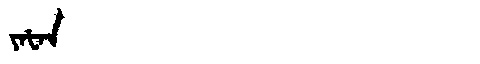
Manchu: ᠶᠠᡶᠠᠨ
Romanization: YAFAN